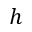
h